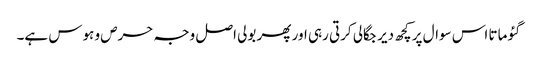
گئو ماتا اس سوال پر کچھ دیر جگالی کرتی رہی اور پھر بولی اصل وجہ حرص و ہوس ہے۔